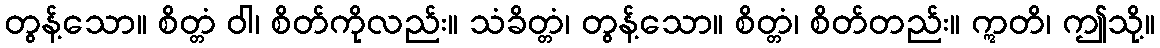
တွန့်သော။ စိတ္တံ ဝါ၊ စိတ်ကိုလည်း။ သံခိတ္တံ၊ တွန့်သော။ စိတ္တံ၊ စိတ်တည်း။ ဣတိ၊ ဤသို့။